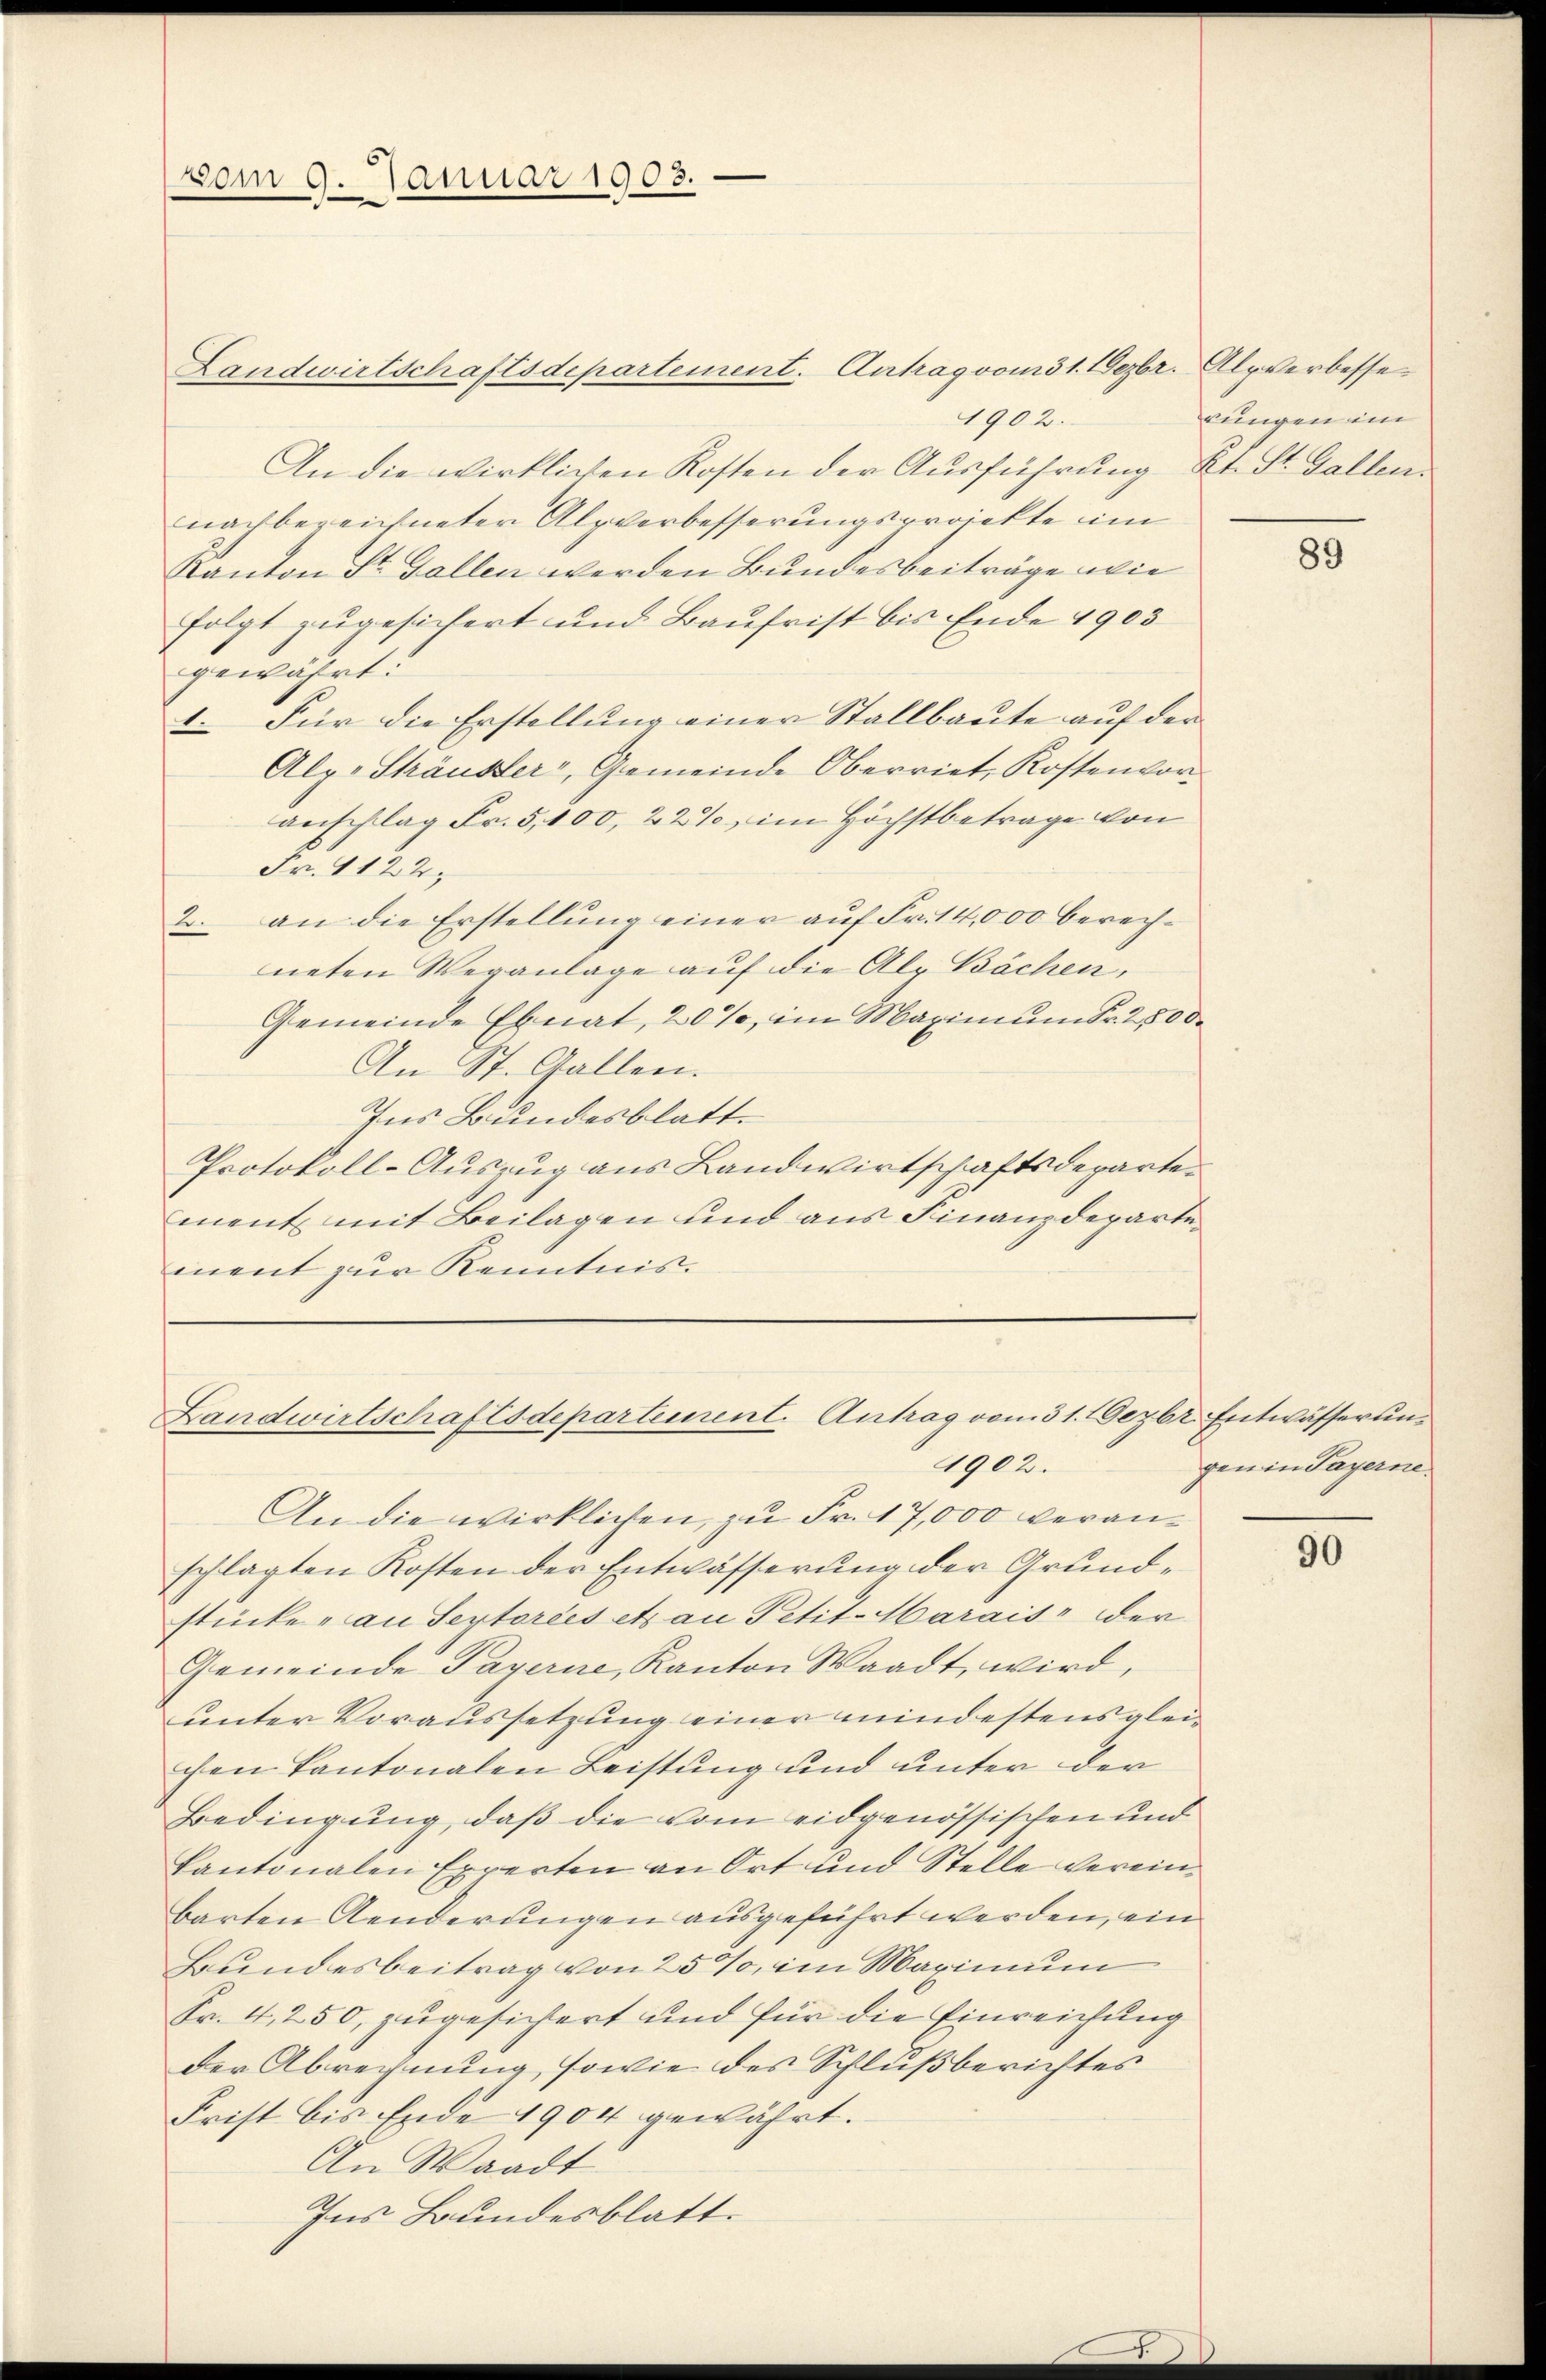
vom 9. Januar 1903.

Landwirtschaftsdepartement. Antrag vom 1. Dezbr. Alpverbesse
4902.
An die wirklichen Kosten der Ausführung Kt. St. Gallen.
nach bezeichneter Alpverbesserungsprojekte im
Kanton St. Gallen werden Bundesbeiträge wie
folgt zugesichert und Baufrist bis Ende 1903
gewährt:
1. Für die Erstellung einer Stallbaute auf der
Alp. Sträusser, Gemeinde Oberriet, Kostenvor
anschlag Fr. 5,100, 22% im Höchstbetrage von
Fr. 4122.
2. an die Erstellung einer auf Fr. 14,000 berechneten Veranlage auf die Als Bächen,
Gemeinde Ebnat, 20%, im Maximum Fr. 2500
An St. Gallen.
Ins Bundesblatt.
Protokoll-Auszug aus Landwirtschaftsdepartement mit Beilagen und aus Finanzdepartement zur Kenntnis.

Landwirtschaftsdepartement. Antrag vom 31. Dezbr. Entwässerung
1902.

lungen im

An die wirklichen, zu Fr. 17,000 veranschlagten Kosten der Entwässerung der Grundstücke an Septorées et an Petit-Marais der
Gemeinde Payerne, Kanton Waadt, wird,
unter Voraussetzung einer mindestens gleichen Kantonalen Leistung und unter der
Bedingung, daß die vom eidgenössischen und
kantonalen Experten an Ort und Stelle vereinbarten Aenderungen ausgeführt werden, ein
Bundesbeitrag von 25%, im Maximum
Fr. 4,250, zugesichert und für die Einreichung
der Abrechnung, sowie des Schlußberichtes
Frist bis Ende 1904 gewährt.
An Waadt
Ins Bundesblatt.

89

gen in Payerne.

90